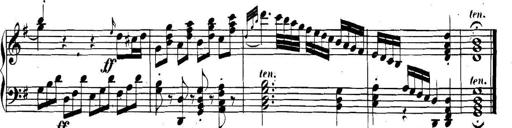
Title: Collected Piano Sonatas
Composer: Muzio Clementi